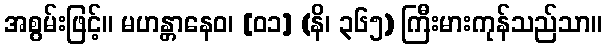
အစွမ်းဖြင့်။ မဟန္တာနေဝ၊ [၀၁] (နိ၊ ၃၆၅) ကြီးမားကုန်သည်သာ။